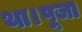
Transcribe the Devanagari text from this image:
था।पूजा